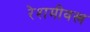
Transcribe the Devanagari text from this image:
रेशमीवस्त्र